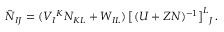
\tilde { \cal N } _ { I J } = ( V _ { I } { } ^ { K } { \cal N } _ { K L } + W _ { I L } ) \, \big [ ( U + Z { \cal N } ) ^ { - 1 } \big ] ^ { L } { } _ { J } \, .